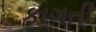
કાગતી